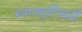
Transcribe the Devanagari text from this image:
स्वप्नपूर्तीसाठी